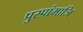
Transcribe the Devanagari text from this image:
पुस्पांमाजि